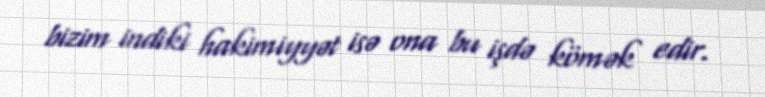
bizim indiki hakimiyyət isə ona bu işdə kömək edir.